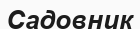
Садовник